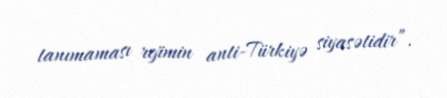
tanımaması rejimin anti-Türkiyə siyasətidir”.